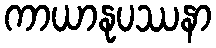
ကာယာနုပဿနာ